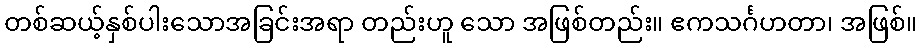
တစ်ဆယ့်နှစ်ပါးသောအခြင်းအရာ တည်းဟူ သော အဖြစ်တည်း။ ဧကသင်္ဂဟတာ၊ အဖြစ်။